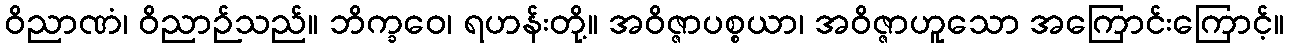
ဝိညာဏံ၊ ဝိညာဉ်သည်။ ဘိက္ခဝေ၊ ရဟန်းတို့။ အဝိဇ္ဇာပစ္စယာ၊ အဝိဇ္ဇာဟူသော အကြောင်းကြောင့်။